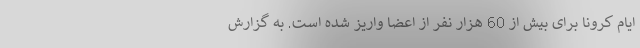
ایام کرونا برای بیش از 60 هزار نفر از اعضا واریز شده است. به گزارش